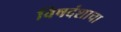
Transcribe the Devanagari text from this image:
विषदंशाचा